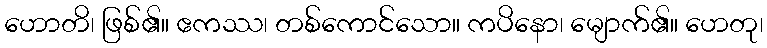
ဟောတိ၊ ဖြစ်၏။ ဧကဿ၊ တစ်ကောင်သော။ ကပိနော၊ မျောက်၏။ ဟေတု၊